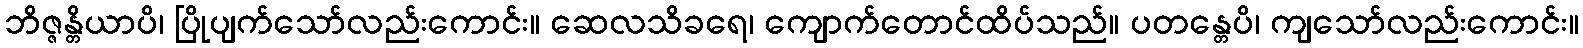
ဘိဇ္ဇန္တိယာပိ၊ ပြိုပျက်သော်လည်းကောင်း။ ဆေလသိခရေ၊ ကျောက်တောင်ထိပ်သည်။ ပတန္တေပိ၊ ကျသော်လည်းကောင်း။